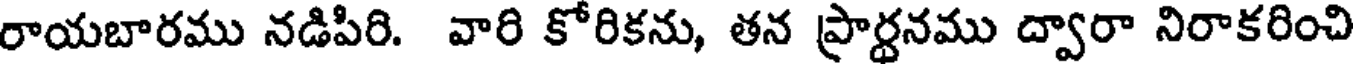
రాయబారము నడిపిరి. వారి కోరికను, తన ప్రార్ధనము ద్వారా నిరాకరించి